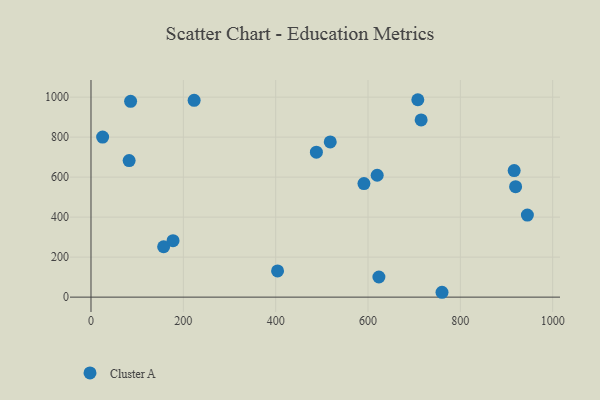
{"axis": {"x": "Ad Spend", "y": "Yield"}, "legend": ["Cluster A"], "data": [{"x": "623.6", "y": 100.8, "type": "Cluster A"}, {"x": "223.4", "y": 984.3, "type": "Cluster A"}, {"x": "945.2", "y": 410.5, "type": "Cluster A"}, {"x": "85.8", "y": 979.2, "type": "Cluster A"}, {"x": "25.2", "y": 800.1, "type": "Cluster A"}, {"x": "157.3", "y": 251.9, "type": "Cluster A"}, {"x": "919.7", "y": 552.3, "type": "Cluster A"}, {"x": "916.6", "y": 632.9, "type": "Cluster A"}, {"x": "82.6", "y": 682.9, "type": "Cluster A"}, {"x": "619.9", "y": 609.5, "type": "Cluster A"}, {"x": "707.9", "y": 987.1, "type": "Cluster A"}, {"x": "518.2", "y": 776.1, "type": "Cluster A"}, {"x": "177.7", "y": 282.3, "type": "Cluster A"}, {"x": "760.3", "y": 24.3, "type": "Cluster A"}, {"x": "591.2", "y": 567.6, "type": "Cluster A"}, {"x": "715.1", "y": 886.0, "type": "Cluster A"}, {"x": "488.2", "y": 724.9, "type": "Cluster A"}, {"x": "404.1", "y": 131.3, "type": "Cluster A"}]}